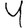
Digit: 4